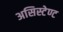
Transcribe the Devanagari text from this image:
असिस्टेण्ट